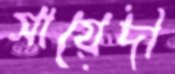
সায়েদী